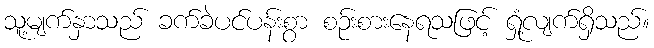
သူ့မျက်နှာသည် ခက်ခဲပင်ပန်းစွာ စဉ်းစားနေရသဖြင့် ရှုံ့လျက်ရှိသည်။